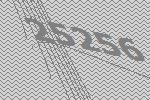
25256